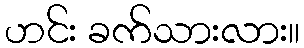
ဟင်း ခက်သားလား။